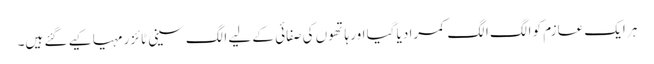
ہر ایک عازم کو الگ الگ کمرا دیا گیا اور ہاتھوں کی صفائی کے لیے الگ سینی ٹائزر مہیا کیے گئے ہیں۔